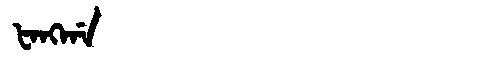
Manchu: ᡶᠠᠩᡤᠠ
Romanization: FANGGA